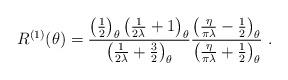
LaTeX: \begin{align*}R^{(1)}(\theta )=\frac{\left( \frac{1}{2}\right) _{\theta }\left(\frac{1}{2\lambda }+1\right) _{\theta }}{\left( \frac{1}{2\lambda}+\frac{3}{2}\right) _{\theta }}\frac{\left( \frac{\eta }{\pi \lambda}-\frac{1}{2}\right) _{\theta }}{\left( \frac{\eta }{\pi \lambda}+\frac{1}{2}\right) _{\theta }}\ .\end{align*}